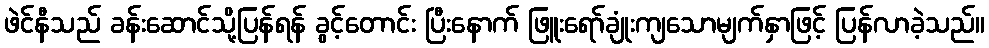
ဖဲင်နီသည် ခန်းဆောင်သို့ပြန်ရန် ခွင့်တောင်း ပြီးနောက် ဖြူးရော်ချုံးကျသောမျက်နှာဖြင့် ပြန်လာခဲ့သည်။